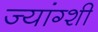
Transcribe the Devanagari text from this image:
ज्यांग्शी